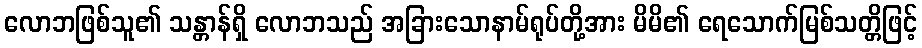
လောဘဖြစ်သူ၏ သန္တာန်ရှိ လောဘသည် အခြားသောနာမ်ရုပ်တို့အား မိမိ၏ ရေသောက်မြစ်သတ္တိဖြင့်